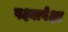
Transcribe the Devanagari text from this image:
पक्ष्यापेक्षा